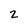
Character: 2